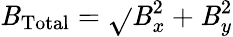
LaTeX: \mathit{B}_{\mathrm{{Total}}}=\sqrt{}{{\mathit{B}_{x}^{2}+\mathit{B}_{y}^{2}}}